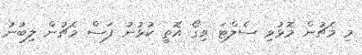
މި މެޗުން މޮޅުވި ސެލްޓަ ވިގޯ އޮތީ ކުޅުނު ފަސް މެޗުން ލިބުނު